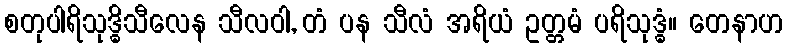
စတုပါရိသုဒ္ဓိသီလေန သီလဝါ, တံ ပန သီလံ အရိယံ ဥတ္တမံ ပရိသုဒ္ဓံ။ တေနာဟ